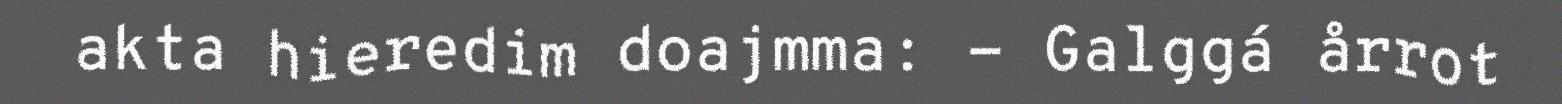
akta hieredim doajmma: - Galggá årrot